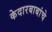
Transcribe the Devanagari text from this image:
केदारबाबांचे